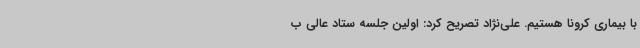
با بیماری کرونا هستیم. علی‌نژاد تصریح کرد: اولین جلسه ستاد عالی ب